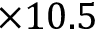
\times 1 0 . 5